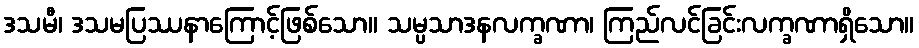
ဒသမီ၊ ဒသမပြဿနာကြောင့်ဖြစ်သော။ သမ္ပသာဒနလက္ခဏာ၊ ကြည်လင်ခြင်းလက္ခဏာရှိသော။